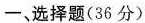
一、选择题(36分)